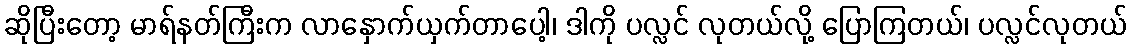
ဆိုပြီးတော့ မာရ်နတ်ကြီးက လာနှောက်ယှက်တာပေါ့၊ ဒါကို ပလ္လင် လုတယ်လို့ ပြောကြတယ်၊ ပလ္လင်လုတယ်